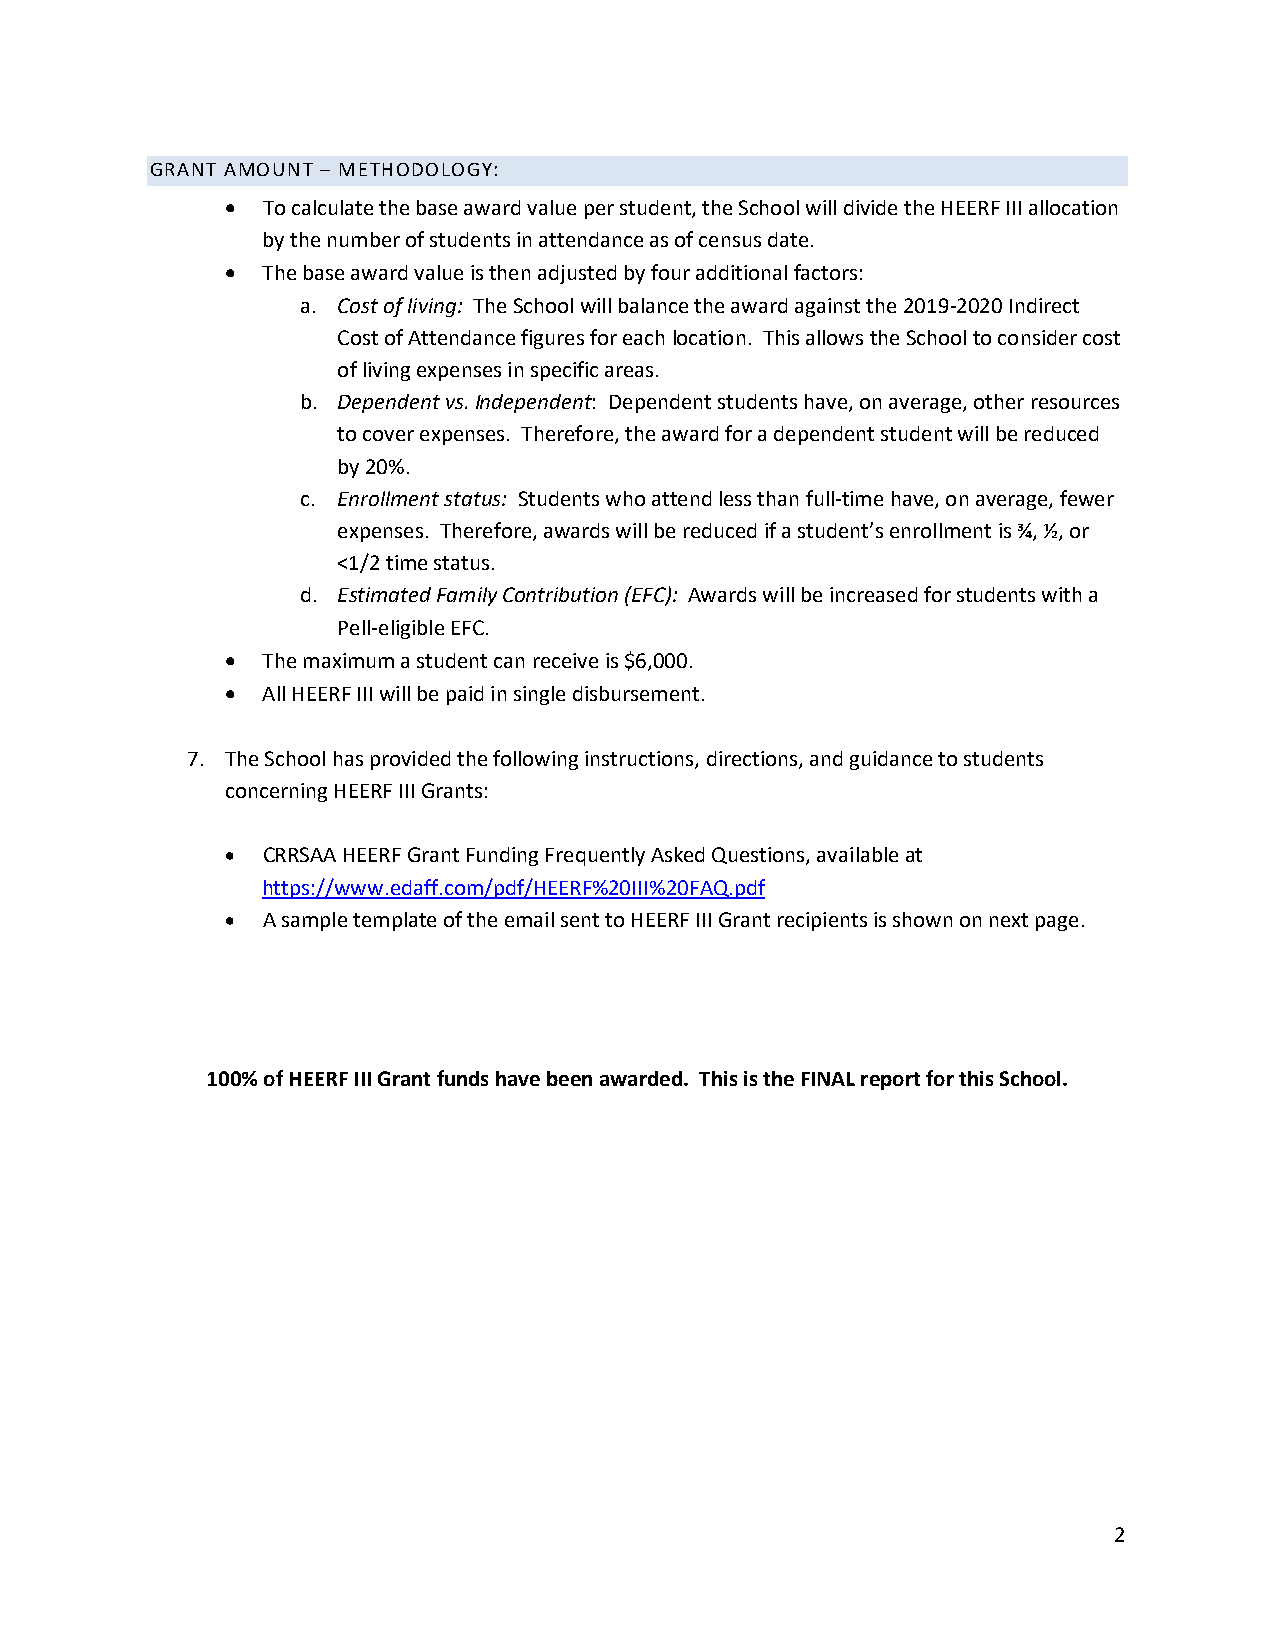
GRANT AMOUNT – METHODOLOGY:
 • To calculate the base award value per student, the School will divide the HEERF III allocation
 by the number of students in attendance as of census date.
 • The base award value is then adjusted by four additional factors:
 a. Cost of living: The School will balance the award against the 2019-2020 Indirect
 Cost of Attendance figures for each location. This allows the School to consider cost
 of living expenses in specific areas.
 b. Dependent vs. Independent: Dependent students have, on average, other resources
 to cover expenses. Therefore, the award for a dependent student will be reduced
 by 20%.
 c. Enrollment status: Students who attend less than full-time have, on average, fewer
 expenses. Therefore, awards will be reduced if a student’s enrollment is ¾, ½, or
 <1/2 time status.
 d. Estimated Family Contribution (EFC): Awards will be increased for students with a
 Pell-eligible EFC.
 • The maximum a student can receive is $6,000.
 • All HEERF III will be paid in single disbursement.
 7. The School has provided the following instructions, directions, and guidance to students
 concerning HEERF III Grants:
 • CRRSAA HEERF Grant Funding Frequently Asked Questions, available at
 https://www.edaff.com/pdf/HEERF%20III%20FAQ.pdf
 • A sample template of the email sent to HEERF III Grant recipients is shown on next page.
 100% of HEERF III Grant funds have been awarded. This is the FINAL report for this School.
 2